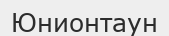
Юнионтаун